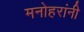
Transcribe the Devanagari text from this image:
मनोहरांनी